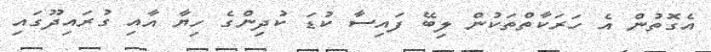
އެގޮތުން އެ ހަރަކާތްތަކުން ލިބޭ ފައިސާ ކުޑަ ކުދިންގެ ހިޔާ އާއި ގުރައިދޫގައި